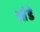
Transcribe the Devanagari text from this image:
आंडे